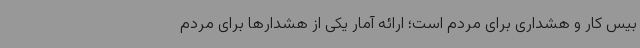
بیس کار و هشداری برای مردم است؛ ارائه آمار یکی از هشدارها برای مردم